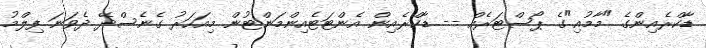
ޑާކްރެއިންގެ "މާމުއި"ގެ ޕޯސްޓަރެއް -- ޑާކްރެއިން އެންޓަޓެއިންމަންޓުން މިއަހަރު ގެނެސްދޭ ދެވަނަ ފިލްމު